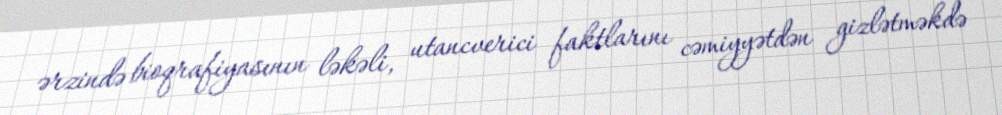
ərzində bioqrafiyasının ləkəli, utancverici faktlarını cəmiyyətdən gizlətməkdə